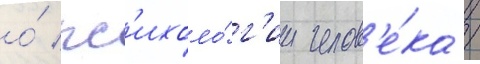
о́ пс'ихоло́г'ии челов'е́ка /